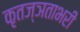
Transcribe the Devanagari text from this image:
कृतज्ञताभरी